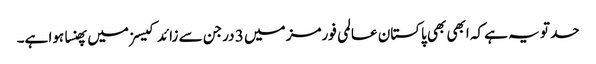
حد تو یہ ہے کہ ابھی بھی پاکستان عالمی فورمز میں 3 درجن سے زائد کیسزمیں پھنسا ہوا ہے۔